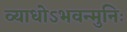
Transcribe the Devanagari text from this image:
व्याधोऽभवन्मुनिः